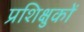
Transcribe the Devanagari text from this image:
प्रशिक्षुकों